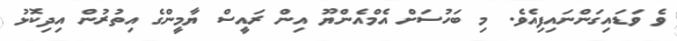
ވެ ވަޑައިގަންނައިފިއެވެ. މި ބަހުސަށް އެމްއެންޔޫ އިން ރައީސް ޔާމީންގެ އިތުރުން އިދިކޮޅު